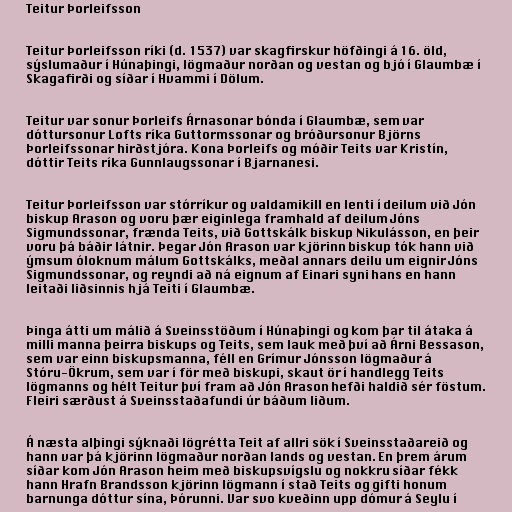
Teitur Þorleifsson

Teitur Þorleifsson ríki (d. 1537) var skagfirskur höfðingi á 16. öld,
sýslumaður í Húnaþingi, lögmaður norðan og vestan og bjó í Glaumbæ í
Skagafirði og síðar í Hvammi í Dölum.

Teitur var sonur Þorleifs Árnasonar bónda í Glaumbæ, sem var
dóttursonur Lofts ríka Guttormssonar og bróðursonur Björns
Þorleifssonar hirðstjóra. Kona Þorleifs og móðir Teits var Kristín,
dóttir Teits ríka Gunnlaugssonar í Bjarnanesi.

Teitur Þorleifsson var stórríkur og valdamikill en lenti í deilum við Jón
biskup Arason og voru þær eiginlega framhald af deilum Jóns
Sigmundssonar, frænda Teits, við Gottskálk biskup Nikulásson, en þeir
voru þá báðir látnir. Þegar Jón Arason var kjörinn biskup tók hann við
ýmsum óloknum málum Gottskálks, meðal annars deilu um eignir Jóns
Sigmundssonar, og reyndi að ná eignum af Einari syni hans en hann
leitaði liðsinnis hjá Teiti í Glaumbæ.

Þinga átti um málið á Sveinsstöðum í Húnaþingi og kom þar til átaka á
milli manna þeirra biskups og Teits, sem lauk með því að Árni Bessason,
sem var einn biskupsmanna, féll en Grímur Jónsson lögmaður á
Stóru-Ökrum, sem var í för með biskupi, skaut ör í handlegg Teits
lögmanns og hélt Teitur því fram að Jón Arason hefði haldið sér föstum.
Fleiri særðust á Sveinsstaðafundi úr báðum liðum.

Á næsta alþingi sýknaði lögrétta Teit af allri sök í Sveinsstaðareið og
hann var þá kjörinn lögmaður norðan lands og vestan. En þrem árum
síðar kom Jón Arason heim með biskupsvígslu og nokkru síðar fékk
hann Hrafn Brandsson kjörinn lögmann í stað Teits og gifti honum
barnunga dóttur sína, Þórunni. Var svo kveðinn upp dómur á Seylu í